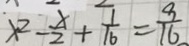
x ^ { 2 } - \frac { x } { 2 } + \frac { 1 } { 1 6 } = \frac { 9 } { 1 6 }